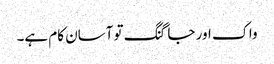
واک اور جاگنگ تو آسان کام ہے۔